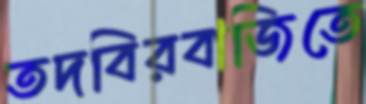
তদবিরবাজিতে